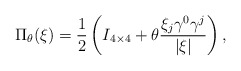
\begin{align*}\Pi_\theta(\xi) = \frac12\left(I_{4\times4}+\theta\frac{\xi_j\gamma^0\gamma^j}{|\xi|} \right),\end{align*}